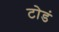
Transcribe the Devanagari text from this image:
टोडं